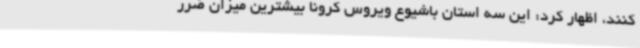
کنند، اظهار کرد: این سه استان باشیوع ویروس کرونا بیشترین میزان ضرر